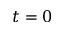
t = 0